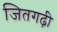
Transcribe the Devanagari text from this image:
जितगढ़ी